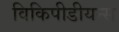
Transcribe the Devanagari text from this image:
विकिपीडीयन्स